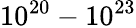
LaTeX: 10^{20}-10^{23}